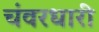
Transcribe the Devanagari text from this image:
चंवरधारी